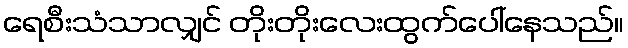
ရေစီးသံသာလျှင် တိုးတိုးလေးထွက်ပေါ်နေသည်။